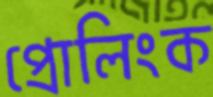
প্রোলিংক